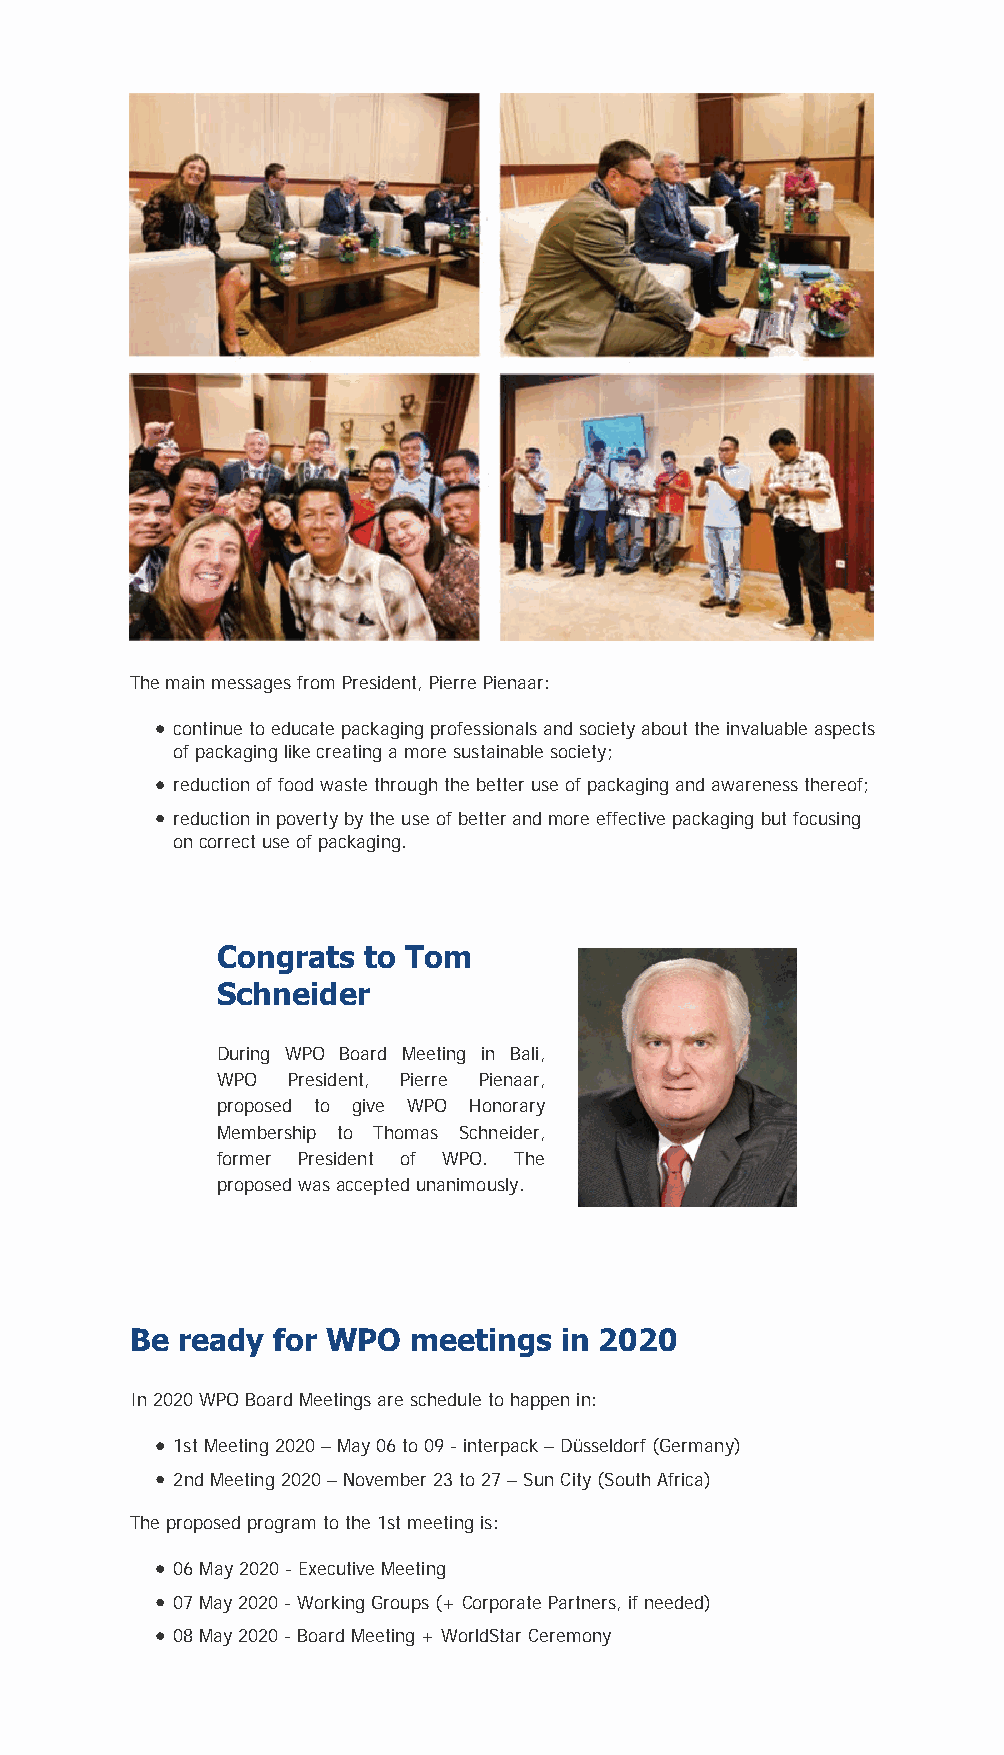
The main messages from President, Pierre Pienaar:
 continue to educate packaging professionals and society about the invaluable aspects
 of packaging like creating a more sustainable society;
 reduction of food waste through the better use of packaging and awareness thereof;
 reduction in poverty by the use of better and more effective packaging but focusing
 on correct use of packaging.
 Congrats  to Tom
 Schneider
 During WPO Board Meeting in Bali,
 WPO  President, Pierre Pienaar,
 proposed to give WPO Honorary
 Membership to Thomas Schneider,
 former President of WPO. The
 proposed was accepted unanimously.
 Be  ready for WPO  meetings  in 2020
 In 2020 WPO Board Meetings are schedule to happen in:
 1st Meeting 2020 – May 06 to 09 - interpack – Düsseldorf (Germany)
 2nd Meeting 2020 – November 23 to 27 – Sun City (South Africa)
 The proposed program to the 1st meeting is:
 06 May 2020 - Executive Meeting
 07 May 2020 - Working Groups (+ Corporate Partners, if needed)
 08 May 2020 - Board Meeting + WorldStar Ceremony